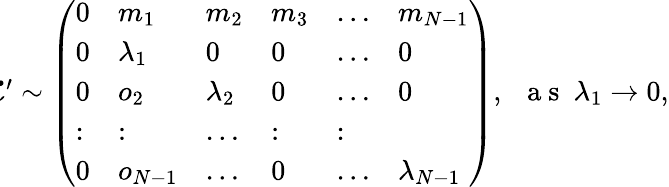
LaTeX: \begin{array}{r}{\! \! \! \mathcal{L}^{\prime}\sim\left(\begin{array}{llllll}{0}&{m_{1}}&{m_{2}}&{m_{3}}&{\dots}&{m_{N-1}}\\ {0}&{\lambda_{1}}&{0}&{0}&{\dots}&{0}\\ {0}&{o_{2}}&{\lambda_{2}}&{0}&{\dots}&{0}\\ {:}&{:}&{\dots}&{:}&{:}\\ {0}&{o_{N-1}}&{\dots}&{0}&{\dots}&{\lambda_{N-1}}\end{array}\right),~~\mathrm{~a~s~}~\lambda_{1}\rightarrow 0,}\end{array}